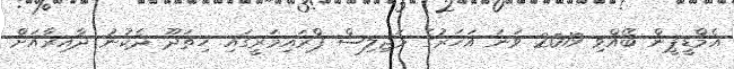
އެމްޑީޕީން ބޭއްވި 2019 ވަނަ އަހަރުގެ މަޖިލިސް ޕްރައިމަރީގައި ހިތަދޫ ދެކުނު ދާއިރާއަށް